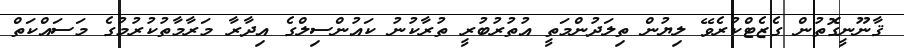
ޤާނޫނީގޮތުން ގެޒެޓްކުރެވޭ ލިޔުން ތިލަދުންމަތީ އުތުރުބުރީ ތުރާކުނު ކައުންސިލްގެ އިދާރާ މަރާމާތުކުރުމުގެ މަސައްކަތް